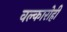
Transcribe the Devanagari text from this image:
वल्कारोही